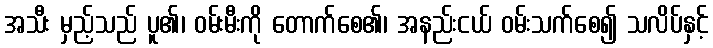
အသီး မှည့်သည် ပူ၏၊ ဝမ်းမီးကို တောက်စေ၏၊ အနည်းငယ် ဝမ်းသက်စေ၍ သလိပ်နှင့်